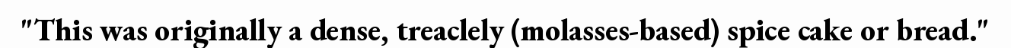
"This was originally a dense, treaclely (molasses-based) spice cake or bread."